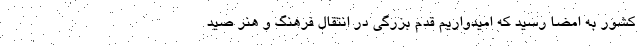
کشور به امضا رسید که امیدواریم قدم بزرگی در انتقال فرهنگ و هنر صید